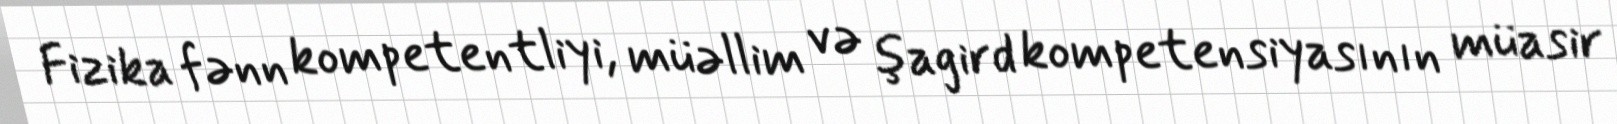
Fizika fənn kompetentliyi, müəllim və şagird kompetensiyasının müasir